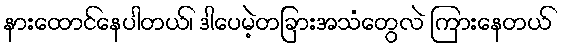
နားထောင်နေပါတယ်၊ ဒါပေမဲ့တခြားအသံတွေလဲ ကြားနေတယ်